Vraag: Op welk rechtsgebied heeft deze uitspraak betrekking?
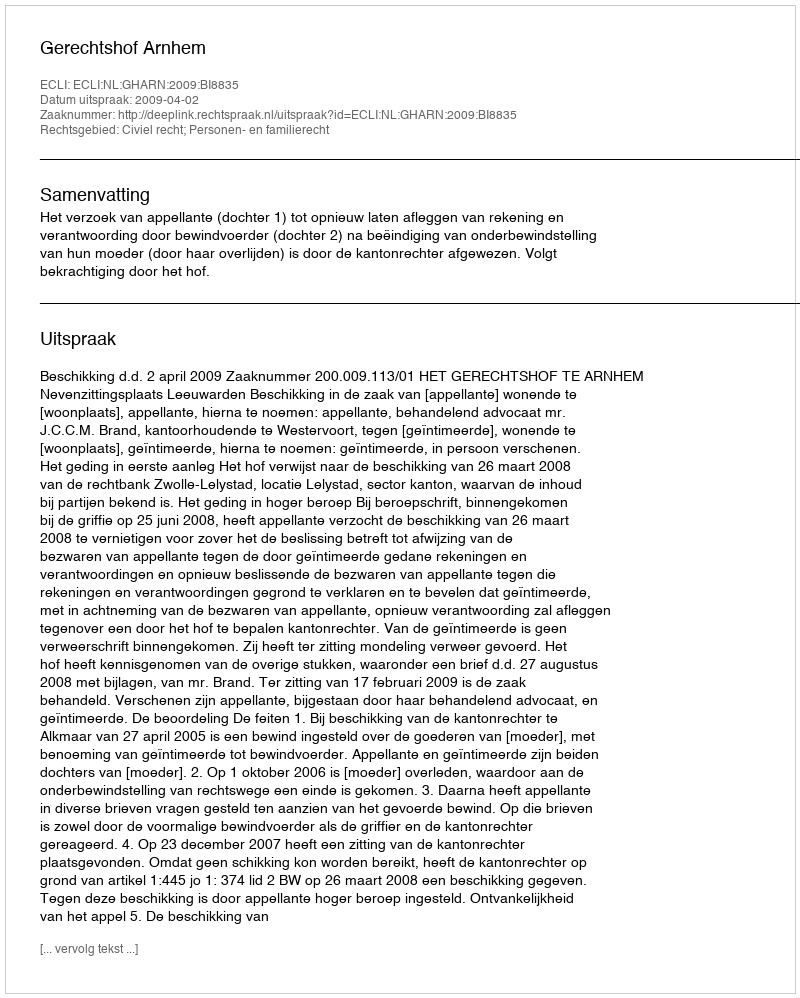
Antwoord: Civiel recht; Personen- en familierecht